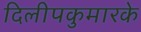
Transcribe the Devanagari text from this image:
दिलीपकुमारके